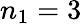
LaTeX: n_{1}=3